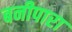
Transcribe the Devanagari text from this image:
बनीपारा